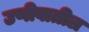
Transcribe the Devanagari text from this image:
उणीवातील